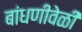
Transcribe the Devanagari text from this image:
बांधणीवेळी